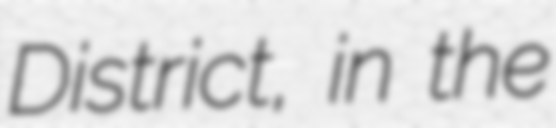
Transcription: District, in the